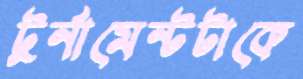
টুর্নামেন্টটাকে